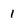
Character: I